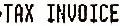
TAX INVOICE